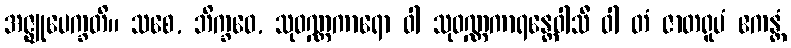
အဇ္ဈုပေက္ခတိ။ သစေ, ဘိက္ခဝေ, သုဝဏ္ဏကာရော ဝါ သုဝဏ္ဏကာရန္တေဝါသီ ဝါ တံ ဇာတရူပံ ဧကန္တံ